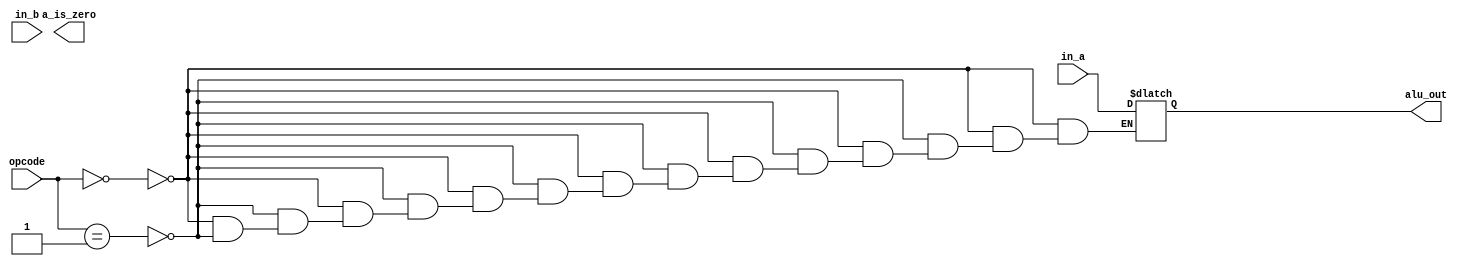
module alu
#(
  parameter WIDTH=8
 )
 (
  input  wire [WIDTH-1:0] in_a,
  input wire [WIDTH-1:0] in_b,
  input wire [2:0] opcode,
  output reg [WIDTH-1:0] alu_out,
  output reg  [WIDTH-1:0] a_is_zero
  
 );
  always @* 
  begin 
    if (opcode == 000)
      alu_out = in_a;
    else if (opcode == 001)
    alu_out = in_a;
    else if (opcode == 010)
      alu_out = in_a + in_b;
      else if (opcode == 011)
        alu_out = in_a & in_b;
        else if (opcode == 100)
          alu_out = in_a ^ in_b;
          else if (opcode == 101)
            alu_out = in_b;
            else if (opcode == 110)
              alu_out = in_a;
              else if (opcode == 111)
                alu_out = in_a;
    end
endmodule